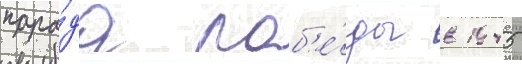
пара́да поб'е́ды в 1945